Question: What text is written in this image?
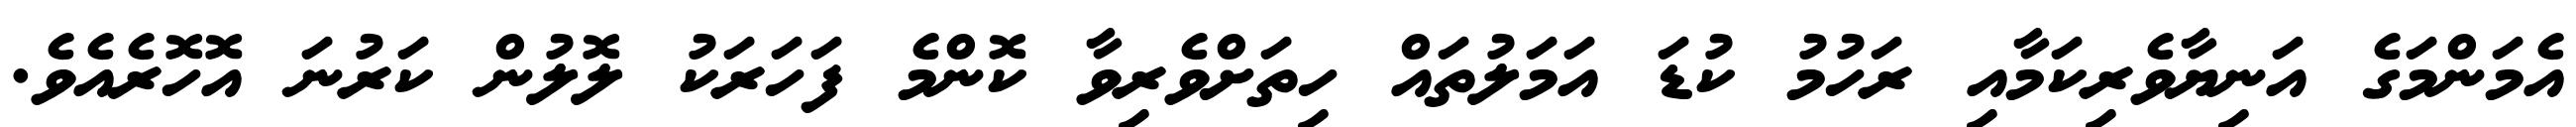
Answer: އެމަންމަގެ އަނިޔާވެރިކަމާއި ރަހުމު ކުޑަ އަމަލުތައް ހިތަށްވެރިވާ ކޮންމެ ފަހަރަކު ލޮލުން ކަރުނަ އޮހޮރެއެވެ.